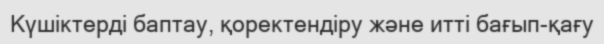
Күшіктерді баптау, қоректендіру және итті бағып-қағу